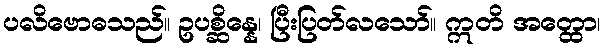
ပလိဗောဓသည်။ ဥပစ္ဆိန္နေ၊ ပြီးပြတ်လသော်။ ဣတိ အတ္ထော၊